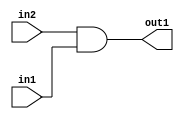
`timescale 1ps / 1ps
/*****************************************************************************
    Verilog RTL Description
    
    
    Created by: Stratus DpOpt 2019.1.01 
*******************************************************************************/

module GaussFilter_And_1Ux1U_1U_4_0 (
	in2,
	in1,
	out1
	); /* architecture "behavioural" */ 
input  in2,
	in1;
output  out1;
wire  asc001;

assign asc001 = 
	(in2)
	&(in1);

assign out1 = asc001;
endmodule

/* CADENCE  urf2Tgk= : u9/ySgnWtBlWxVPRXgAZ4Og= ** DO NOT EDIT THIS LINE ******/